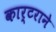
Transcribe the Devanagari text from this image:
कार्टराने